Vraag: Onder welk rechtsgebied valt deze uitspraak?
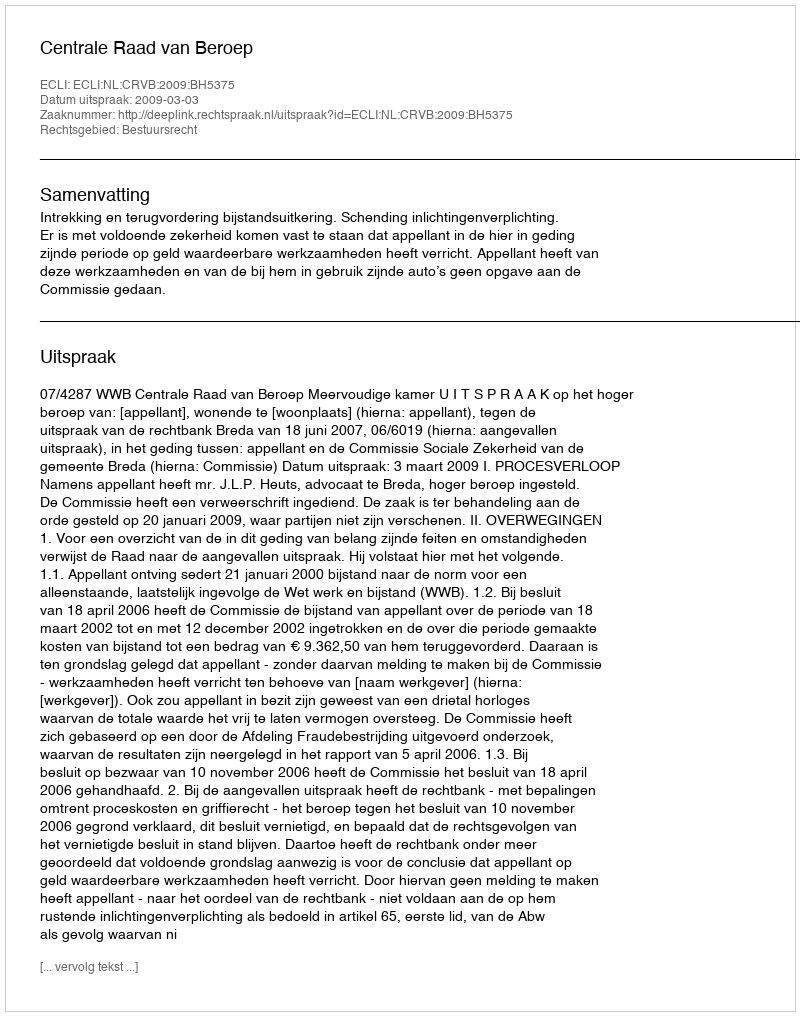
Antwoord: Bestuursrecht